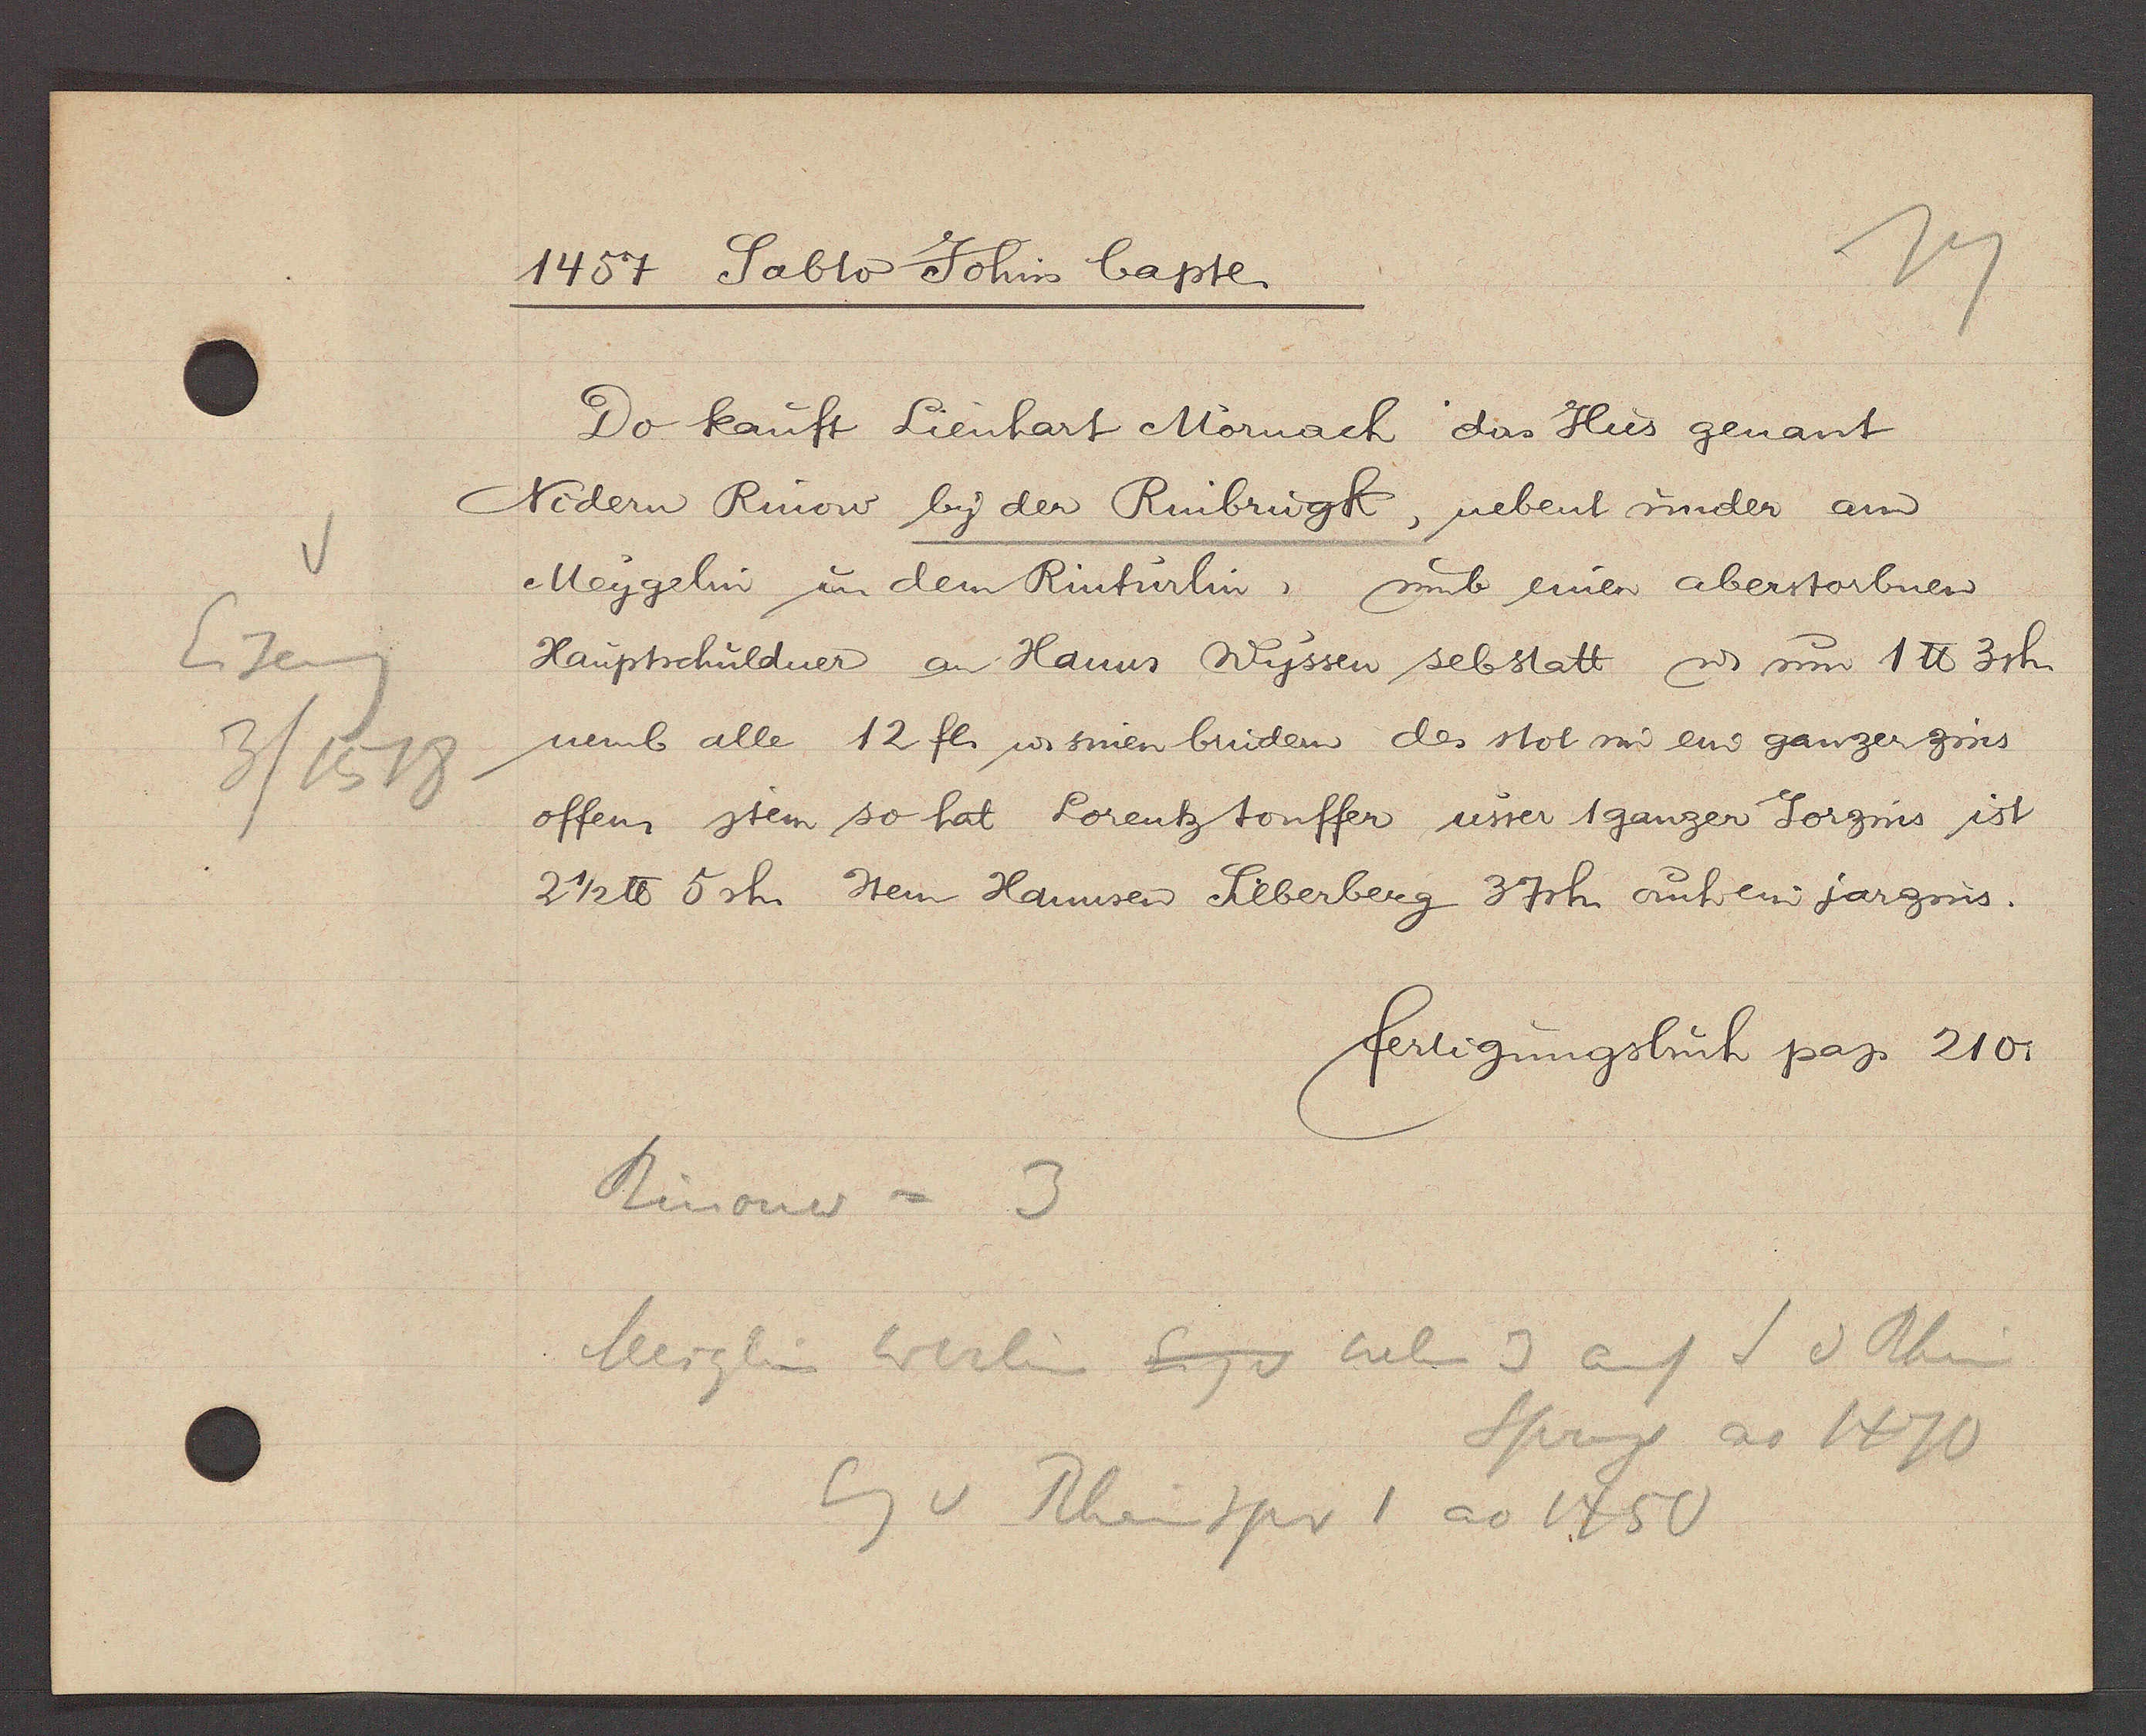
Transcript:
Eiseng
3/1518

1457 Sabto Johin bapte
Do kauft Lienhart Mornach das Hus genant
Nidern Rinow by der Rinbrugk, nebent under am
Meygelin in dem Rinturlin, umb einen aberstorbnen
Hauptschuldner an Hanns Wyssen sebstatt ư um 1℔ 3sh.
nemb alle 12 fl. ư sinen brudern des stol im ein ganzer zins
offem stein so hat Lorentz touffer usser 1 ganzer Jorzins ist
2 1/2 ℔ 5 sh. Item Hannsen Sieberberg 37 sh. ouh ein jarzins.
fertigungsbuch pag 210.
Rinouer = 3
Meiglin werlin Eig v neb 3 auf S d Rhin
Sprung ao 1470
Eig v Rhinspr 1 ao 1450